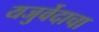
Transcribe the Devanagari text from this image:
यजुर्वेदाचा